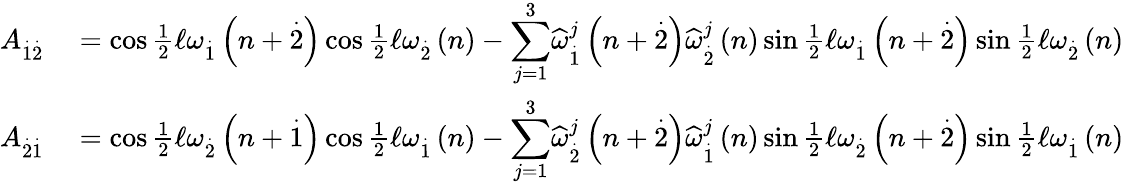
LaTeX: \begin{array}{rl}{A_{\overset{.}{1}\overset{.}{2}}}&{{}=\cos\frac{1}{2}\mathcal{\ell}\omega_{\overset{.}{1}}\left(n+\overset{.}{2}\right)\cos\frac{1}{2}\mathcal{\ell}\omega_{\overset{.}{2}}\left(n\right)-{\displaystyle\sum_{j=1}^{3}}\widehat{\omega}_{\overset{.}{1}}^{j}\left(n+\overset{.}{2}\right)\widehat{\omega}_{\overset{.}{2}}^{j}\left(n\right)\sin\frac{1}{2}\mathcal{\ell}\omega_{\overset{.}{1}}\left(n+\overset{.}{2}\right)\sin\frac{1}{2}\mathcal{\ell}\omega_{\overset{.}{2}}\left(n\right)}\\ {A_{\overset{.}{2}\overset{.}{1}}}&{{}=\cos\frac{1}{2}\mathcal{\ell}\omega_{\overset{.}{2}}\left(n+\overset{.}{1}\right)\cos\frac{1}{2}\mathcal{\ell}\omega_{\overset{.}{1}}\left(n\right)-{\displaystyle\sum_{j=1}^{3}}\widehat{\omega}_{\overset{.}{2}}^{j}\left(n+\overset{.}{2}\right)\widehat{\omega}_{\overset{.}{1}}^{j}\left(n\right)\sin\frac{1}{2}\mathcal{\ell}\omega_{\overset{.}{2}}\left(n+\overset{.}{2}\right)\sin\frac{1}{2}\mathcal{\ell}\omega_{\overset{.}{1}}\left(n\right)}\end{array}